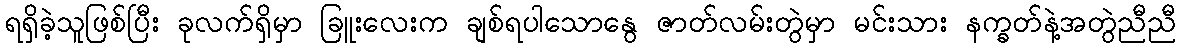
ရရှိခဲ့သူဖြစ်ပြီး ခုလက်ရှိမှာ ခြူးလေးက ချစ်ရပါသောနွေ ဇာတ်လမ်းတွဲမှာ မင်းသား နက္ခတ်နဲ့အတွဲညီညီ